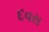
દવસ